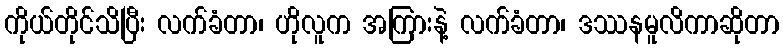
ကိုယ်တိုင်သိပြီး လက်ခံတာ၊ ဟိုလူက အကြားနဲ့ လက်ခံတာ၊ ဒဿနမူလိကာဆိုတာ